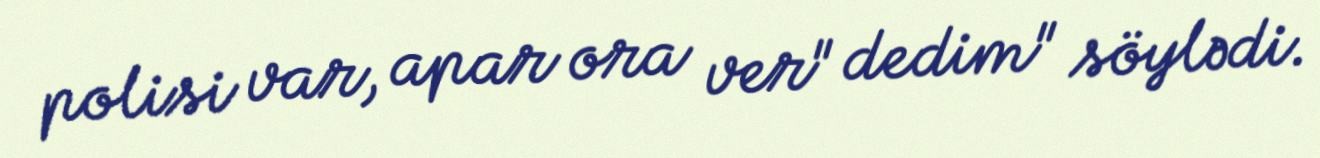
polisi var, apar ora ver" dedim" söylədi.